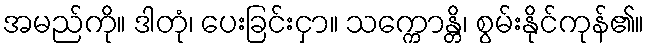
အမည်ကို။ ဒါတုံ၊ ပေးခြင်းငှာ။ သက္ကောန္တိ၊ စွမ်းနိုင်ကုန်၏။